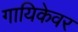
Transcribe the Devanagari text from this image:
गायिकेवर